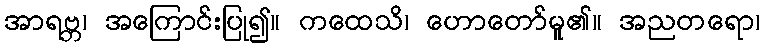
အာရဗ္ဘ၊ အကြောင်းပြု၍။ ကထေသိ၊ ဟောတော်မူ၏။ အညတရော၊